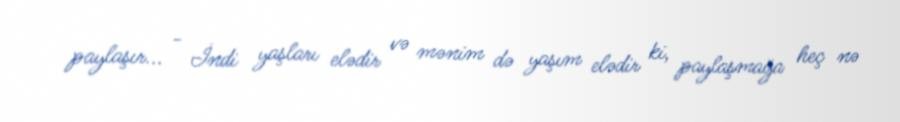
paylaşır... - İndi yaşları elədir və mənim də yaşım elədir ki, paylaşmağa heç nə